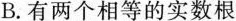
B. 有两个相等的实数根